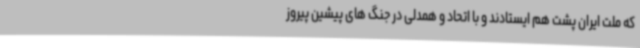
که ملت ایران پشت هم ایستادند و با اتحاد و همدلی در جنگ های پیشین پیروز